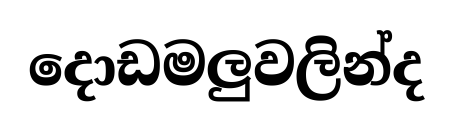
දොඩමලුවලින්ද